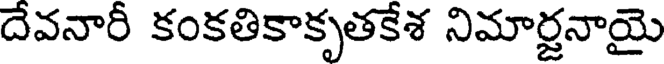
దేవనారీ కంకతికాకృతకేశ నిమార్జనాయై